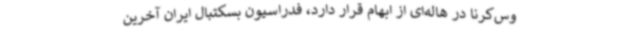
وس‌کرنا در هاله‌ای از ابهام قرار دارد، فدراسیون بسکتبال ایران آخرین